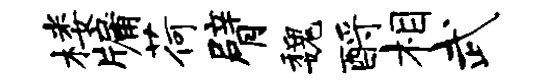
楼牖荷臂魏酹相武